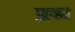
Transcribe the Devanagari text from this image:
प्राका